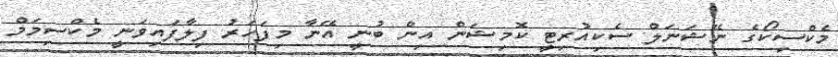
މެކްސިކޯގެ ނޭޝަނަލް ސެކިއުރިޓީ ކޮމިޝަން އިން ބުނީ އޭނާ މިފަހަރު ފިލާފައިވަނީ މެކްސިމަމް